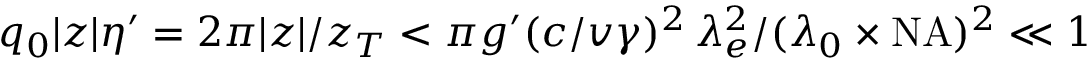
q _ { 0 } | z | \eta ^ { \prime } = 2 \pi | z | / z _ { T } < \pi g ^ { \prime } ( c / v \gamma ) ^ { 2 } \, \lambda _ { e } ^ { 2 } / ( \lambda _ { 0 } \times \mathrm { N A } ) ^ { 2 } \ll 1